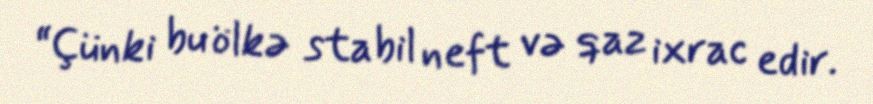
“Çünki bu ölkə stabil neft və qaz ixrac edir.